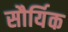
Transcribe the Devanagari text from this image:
सौर्यिक